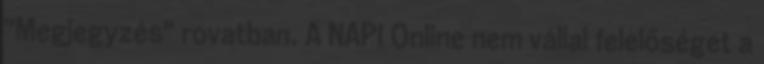
"Megjegyzés" rovatban. A NAPI Online nem vállal felelőséget a